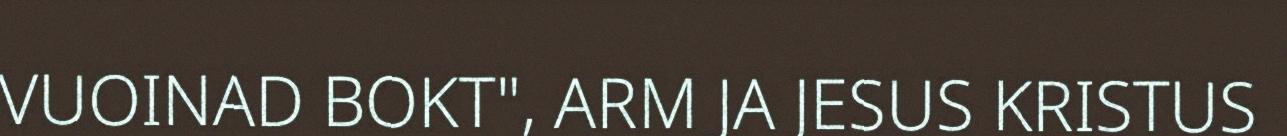
VUOINAD BOKT", ARM JA JESUS KRISTUS